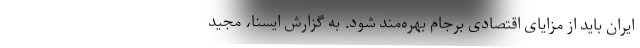
ایران باید از مزایای اقتصادی برجام بهره‌مند شود. به گزارش ایسنا، مجید